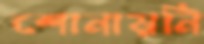
শোনায়নি